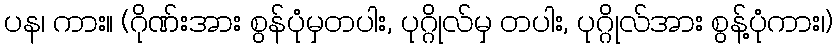
ပန၊ ကား။ (ဂိုဏ်းအား စွန်ပုံမှတပါး, ပုဂ္ဂိုလ်မှ တပါး, ပုဂ္ဂိုလ်အား စွန့်ပုံကား၊)